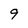
Character: 9